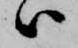
ハ